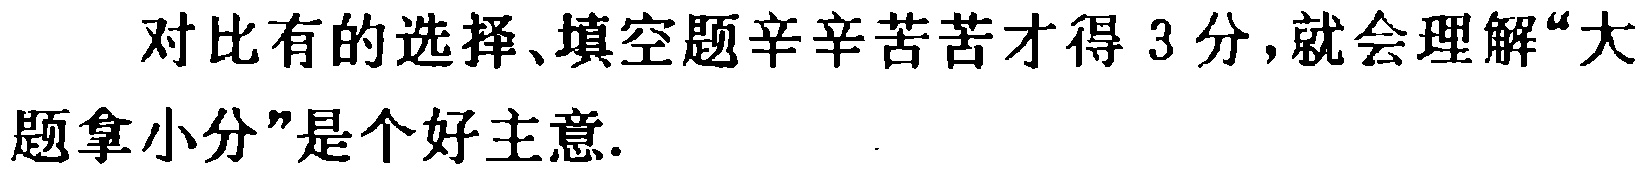
对比有的选择、填空题辛辛苦苦才得 3 分，就会理解“大题拿小分”是个好主意.